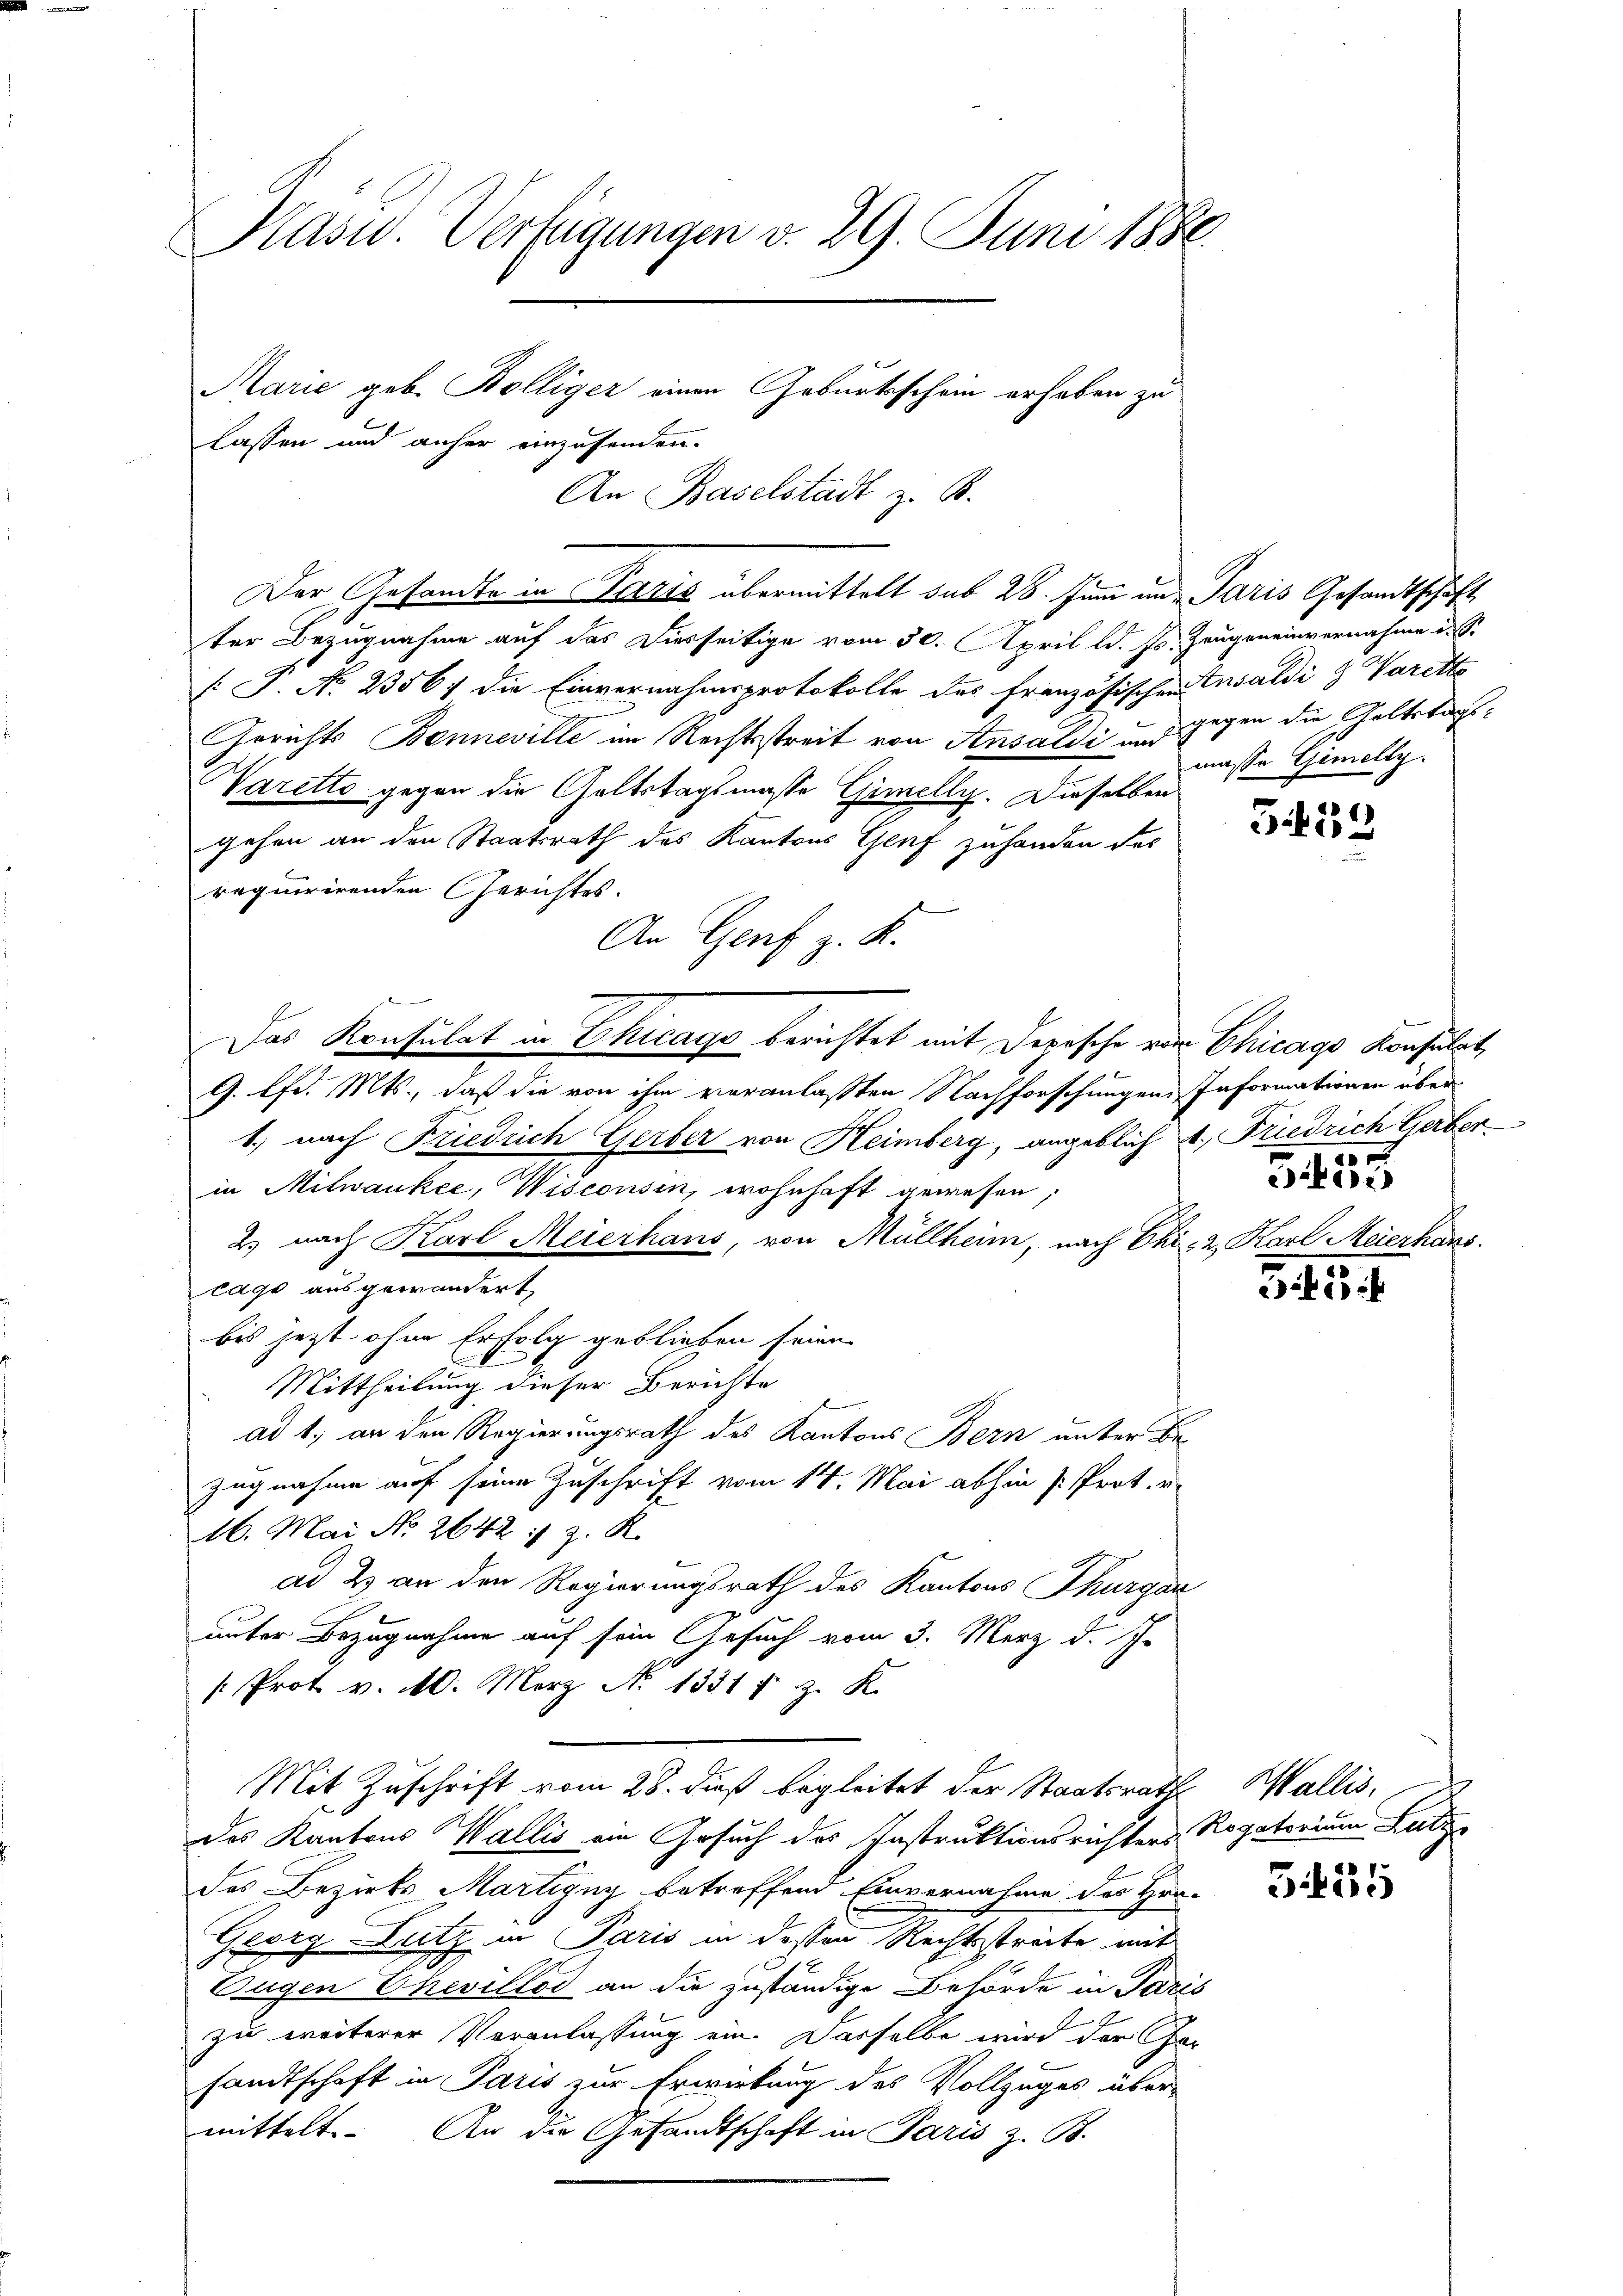
ter Bezugnahme auf das Diesseitige vom 30. April l. J. J.
[ P. No 2356; die Einvernahmsprotokolle des französischen
Gerichts Banneville im Rechtsstreit von Ansaldi und
d
Varetto gegen die Geltstagsmasse Gimelly. Dieselben
gehen an den Staatsrath des Kantons Genf zuhanden des
requirirenden Gerichtes.
An Genf z. K.
Das Konsulat in Chicago berichtet mit Depesche von Chicago Konsulat,
G. lfd. Mts., daß die von ihm veranlassten Nachforschungen Informationen über
1.) nach Friedrich Gerber von Heimberg, angeblich 1. Friedrich Gerber
in Milwankee, Wisconsin, wohnhaft gewesen,
2.) nach Karl Meierhans, von Müllheim, nach Chi- 2 Karl Meierhans.
cage ausgewändert
bis jetzt ohne Erfolg geblieben seien.
Mittheilung dieser Berichte
ad 1., an den Regierungsrath des Kantons Bern unter Bezugnahme auf seine Zuschrift vom 14. Mai abhin (Prot. v.
16. Mai No 2642 :/ z. R.
ad 2) an den Regierungsrath des Kantons Thurgau
unter Bezugnahme auf sein Gesuch vom 3. Merz d. J.
: Prot v. M. Merz No. 1331 f. z. K.
Mit Zuschrift vom 28. dieß begleitet der Staatsrath Wallis,
des Kantons Wallis ein Gesuch des Instruktionsrichters Rogatorium Lutze
des Bezirks Martigny betreffend Einvernahme des Hra-
Georg Lutz in Paris in dessen Rechtsstreite mit
Eugen Chevillod an die zuständige Behörde in Paris
zu weiterer Veranlassung ein. Dasselbe wird der Fa-
sandtschaft in Paris zur Erwirkung des Vollzuges über-
mittelt. An die Gesandtschaft in Paris z. B.

Präsid. Verfügungen v. 29. Juni 1880.
Marie geb. Bölliger einen Geburtsschein erhaben zu
lassen und anher einzusenden.

An Baselstadt z. B.
Der Gesandte in Paris übermittelt sub 28. Juni und Paris Gesandtschäft

eugeneinvernahme i
Ensaldi & Varette
regen die Geltstagsnasse Gimelly

G.59

e
5450

35

3.135